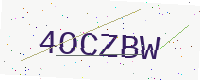
Text: 4OCZBW